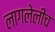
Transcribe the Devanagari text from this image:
लागलेलीच